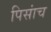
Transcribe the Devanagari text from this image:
पिसांच